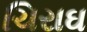
ચિરાઘ